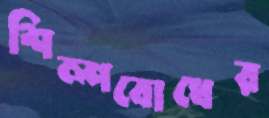
শিল্পবোধের